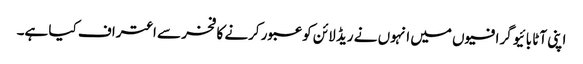
اپنی آٹا بائیو گرافیوں میں انہوں نے ریڈ لائن کو عبور کرنے کا فخر سے اعتراف کیا ہے۔